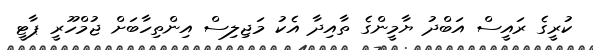
ކުރީގެ ރައީސް އަބްދު ޔާމީންގެ ތާއިދާ އެކު މަޖިލިސް އިންތިހާބަށް ޖުމްހޫރީ ޕާޓީ